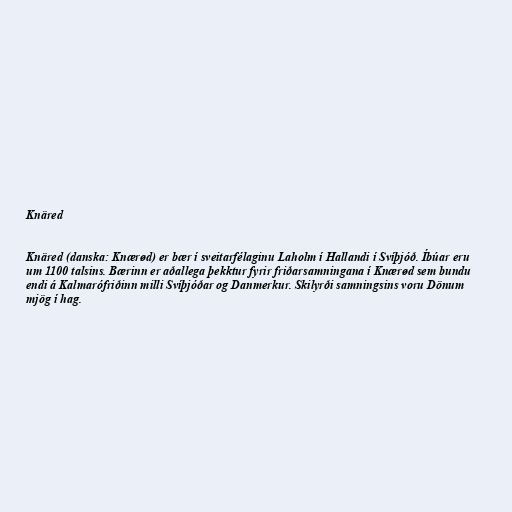
Knäred

Knäred (danska: Knærød) er bær í sveitarfélaginu Laholm í Hallandi í Svíþjóð. Íbúar eru
um 1100 talsins. Bærinn er aðallega þekktur fyrir friðarsamningana í Knærød sem bundu
endi á Kalmarófriðinn milli Svíþjóðar og Danmerkur. Skilyrði samningsins voru Dönum
mjög í hag.